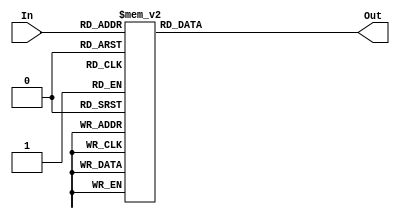
module	dec_3x8(Out, In);

	output [7:0]Out;	//only one output
	reg	   [7:0]Out;
	input  [2:0] In;		//input to be selection
	
	always @ (In)
	case (In)
	3'b000: Out=8'b00000001;
	3'b001: Out=8'b00000010;
	3'b010: Out=8'b00000100;
	3'b011: Out=8'b00001000;
	3'b100: Out=8'b00010000;
	3'b101: Out=8'b00100000;
	3'b110: Out=8'b01000000;
	3'b111: Out=8'b10000000;
	endcase
endmodule